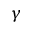
\gamma